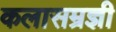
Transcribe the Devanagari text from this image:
कलासम्रज्ञी